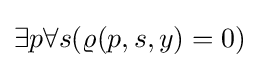
\exists p\forall s(\varrho (p,s,y)=0)